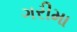
ગરીમા